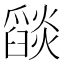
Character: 𦦨